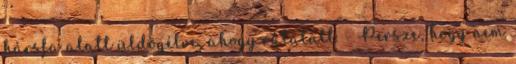
hársfa alatt üldögélve, ahogy rátalált. - Persze, hogy nem